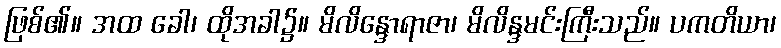
ဖြစ်၏။ အထ ခေါ၊ ထိုအခါ၌။ မိလိန္ဒောရာဇာ၊ မိလိန္ဒမင်းကြီးသည်။ ပကတိယာ၊